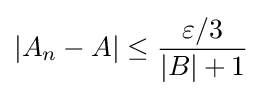
|A_{n}-A|\leq {\frac {\varepsilon /3}{|B|+1}}